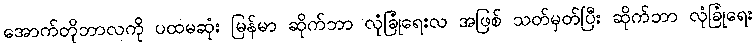
အောက်တိုဘာလကို ပထမဆုံး မြန်မာ ဆိုက်ဘာ လုံခြုံရေးလ အဖြစ် သတ်မှတ်ပြီး ဆိုက်ဘာ လုံခြုံရေး